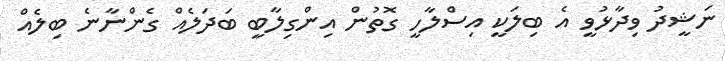
ނަޝީދު ވިދާޅުވީ އެ ބިލަކީ އިސްލާހީ ގޮތުން އިންގިލާބީ ބަދަލެއް ގެންނާނެ ބިލެއް